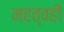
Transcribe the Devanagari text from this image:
महत्वही